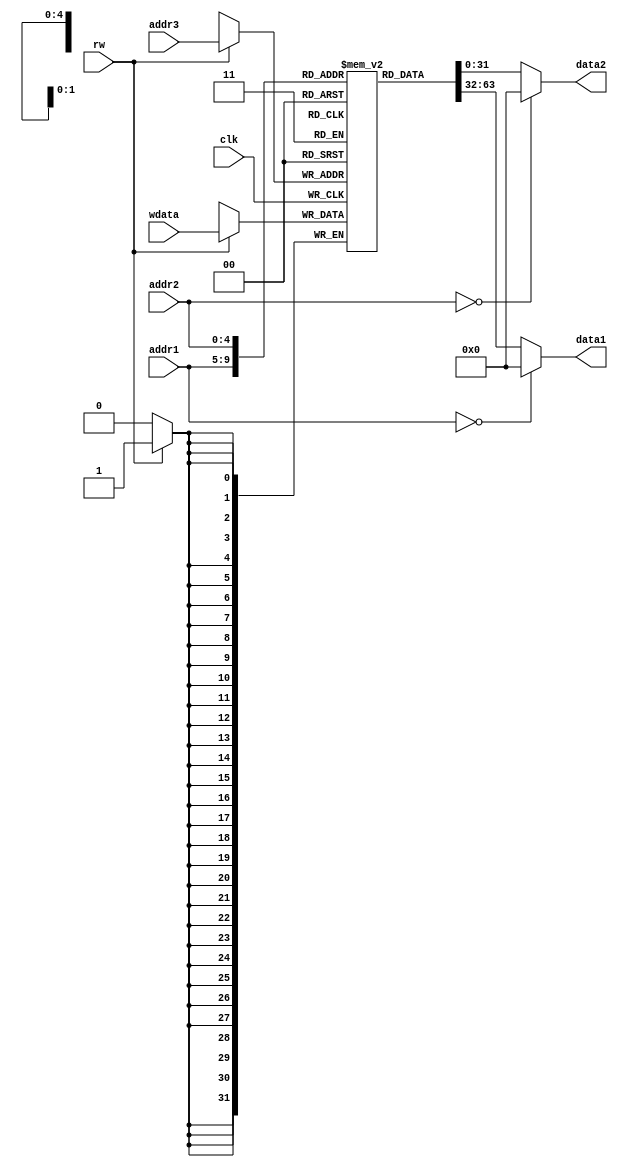
`timescale 1ns / 1ps
//////////////////////////////////////////////////////////////////////////////////
// Company: 
// Engineer: 
// 
// Design Name: 
// Module Name:    regfile 
// Project Name: 
// Target Devices: 
// Tool versions: 
// Description: 
//
// Dependencies: 
//
// Revision: 
// Revision 0.01 - File Created
// Additional Comments: 
//
//////////////////////////////////////////////////////////////////////////////////
module regfile1 (
	input         clk  ,
	//
	input  [ 4:0] addr1,
	input  [ 4:0] addr2,
	output reg [31:0] data1,
	output reg [31:0] data2,
	//
	input         rw   ,
	input  [ 4:0] addr3,
	input  [31:0] wdata
);

	reg [31:0] regmem[31:0];
//	reg [31:0] data1       ;
//	reg [31:0] data2       ;

	always @(addr1 or regmem[addr1]) begin
		if (0 == addr1) begin
			data1 = 0;
		end else begin
			data1 = regmem[addr1];
		end
	end

	always @(addr2 or regmem[addr2]) begin
		if (0 == addr2) begin
			data2 = 0;
		end else begin
			data2 = regmem[addr2];
		end
	end

	always@ (posedge clk) begin
		if(1'b1 == rw) begin
			regmem[addr3] = wdata;
		end
	end

endmodule